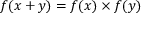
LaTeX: f ( x + y ) = f ( x ) \times f ( y )